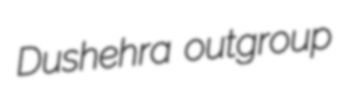
Dushehra outgroup